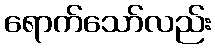
ရောက်သော်လည်း